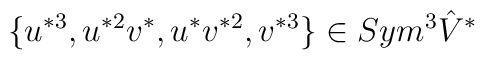
\{ u^{*3}, u^{*2}v^*, u^{*}v^{*2}, v^{*3} \} \in Sym^3 \hat{V}^{*}